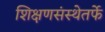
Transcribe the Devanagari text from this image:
शिक्षणसंस्थेतर्फे